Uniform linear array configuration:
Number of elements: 32
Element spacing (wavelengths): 0.75
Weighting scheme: kaiser
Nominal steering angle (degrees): -15
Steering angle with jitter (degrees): -15.213
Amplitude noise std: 0.05
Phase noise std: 0.05

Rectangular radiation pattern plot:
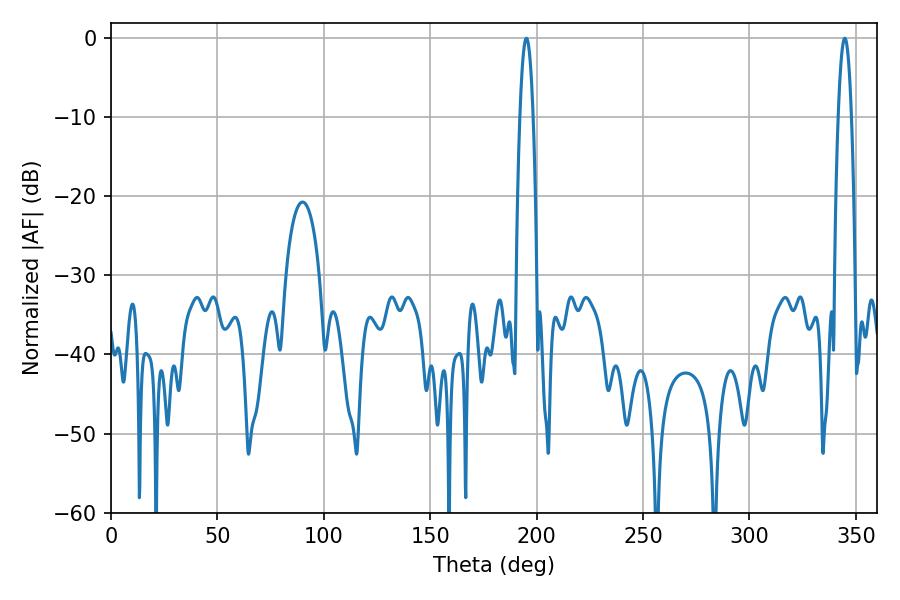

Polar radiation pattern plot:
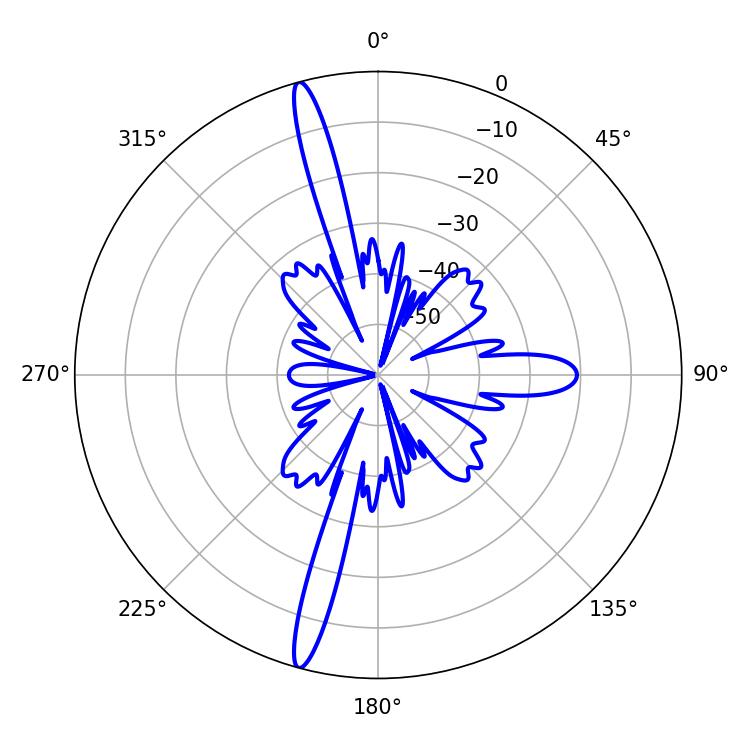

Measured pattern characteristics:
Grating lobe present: TRUE
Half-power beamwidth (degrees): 3.42
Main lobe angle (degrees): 195.12